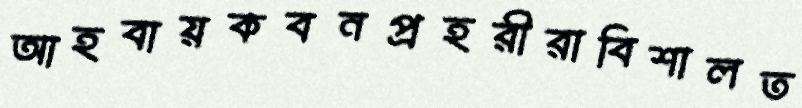
আহবায়কবনপ্রহরীরাবিশালত